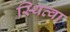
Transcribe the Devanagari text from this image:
स्थित्वा